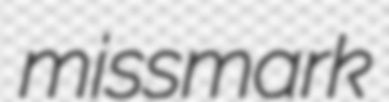
missmark